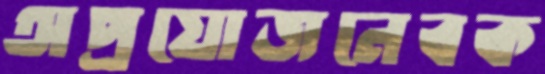
অপ্রয়োজনেবক